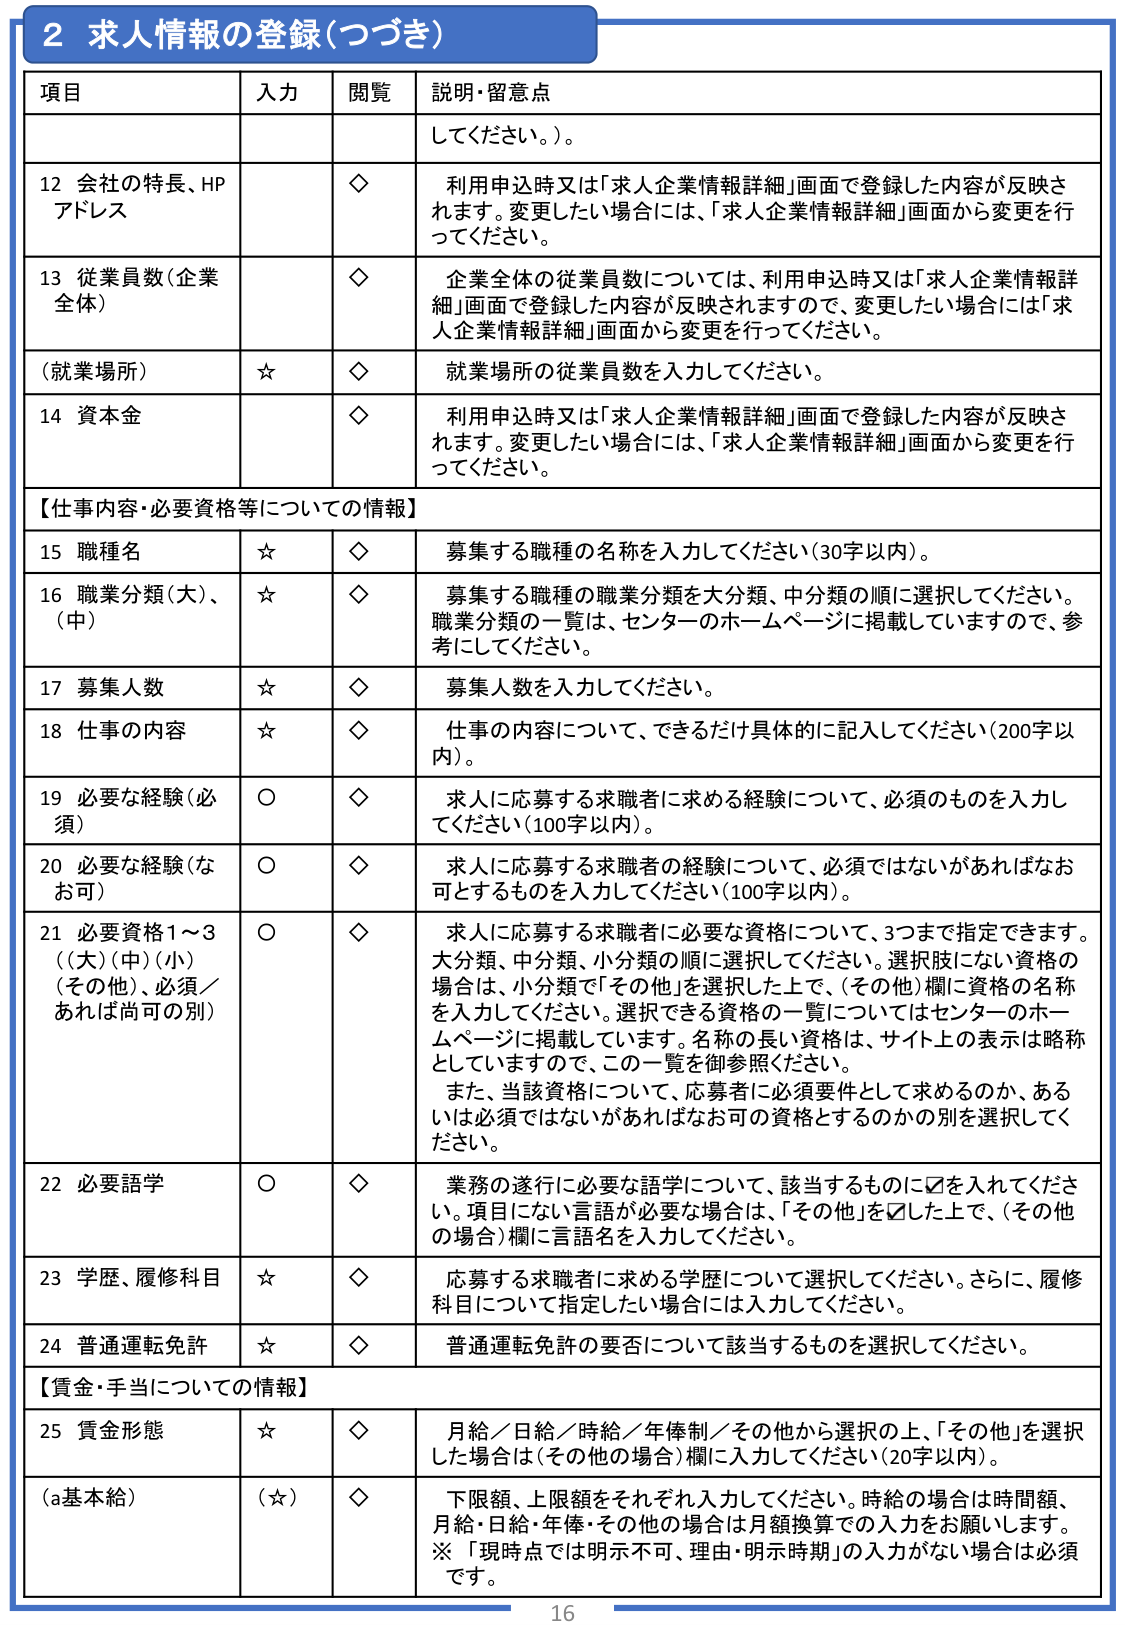
2 求人情報の登録（つづき）

項目 入力 閲覧 説明・留意点
してください。）。

12 会社の特長、HP アドレス ◇ 利用申込時又は「求人企業情報詳細」画面で登録した内容が反映されます。変更したい場合には、「求人企業情報詳細」画面から変更を行ってください。

13 従業員数（企業全体） ◇ 企業全体の従業員数については、利用申込時又は「求人企業情報詳細」画面で登録した内容が反映されますので、変更したい場合には「求人企業情報詳細」画面から変更を行ってください。

（就業場所） ☆ ◇ 就業場所の従業員数を入力してください。

14 資本金 ◇ 利用申込時又は「求人企業情報詳細」画面で登録した内容が反映されます。変更したい場合には、「求人企業情報詳細」画面から変更を行ってください。

【仕事内容・必要資格等についての情報】

15 職種名 ☆ ◇ 募集する職種の名称を入力してください（30字以内）。

16 職業分類（大）、（中） ☆ ◇ 募集する職種の職業分類を大分類、中分類の順に選択してください。職業分類の一覧は、センターのホームページに掲載していますので、参考にしてください。

17 募集人数 ☆ ◇ 募集人数を入力してください。

18 仕事の内容 ☆ ◇ 仕事の内容について、できるだけ具体的に記入してください（200字以内）。

19 必要な経験（必須） ○ ◇ 求人に応募する求職者に求める経験について、必須のものを入力してください（100字以内）。

20 必要な経験（なお可） ○ ◇ 求人に応募する求職者の経験について、必須ではないがあればなお可とするものを入力してください（100字以内）。

21 必要資格1～3 （大）（中）（小） （その他）、必須／ あれば尚可（別） ○ ◇ 求人に応募する求職者に必要な資格について、3つまで指定できます。大分類、中分類、小分類の順に選択してください。選択肢にない資格の場合は、小分類で「その他」を選択した上で、（その他）欄に資格の名称を入力してください。選択できる資格の一覧についてはセンターのホームページに掲載しています。名称の長い資格は、サイト上の表示は略称としていますので、この一覧を御参照ください。 また、当該資格について、応募者に必須要件として求めるのか、あるいは必須ではないがあればなお可の資格とするのかの別を選択してください。

22 必要語学 ○ ◇ 業務の遂行に必要な語学について、該当するものに☑を入れてください。項目にない言語が必要な場合は、「その他」を☑した上で、（その他の場合）欄に言語名を入力してください。

23 学歴、履修科目 ☆ ◇ 応募する求職者に求める学歴について選択してください。さらに、履修科目について指定したい場合には入力してください。

24 普通運転免許 ☆ ◇ 普通運転免許の要否について該当するものを選択してください。

【賃金・手当についての情報】

25 賃金形態 ☆ ◇ 月給／日給／時給／年俸制／その他から選択の上、「その他」を選択した場合は（その他の場合）欄に入力してください（20字以内）。

（a基本給） （☆） ◇ 下限額、上限額をそれぞれ入力してください。時給の場合は時間額、月給・日給・年俸・その他の場合は月額換算での入力をお願いします。 ※「現時点では明示不可、理由・明示時期」の入力がない場合は必須です。

16